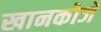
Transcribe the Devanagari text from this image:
खानकोजे